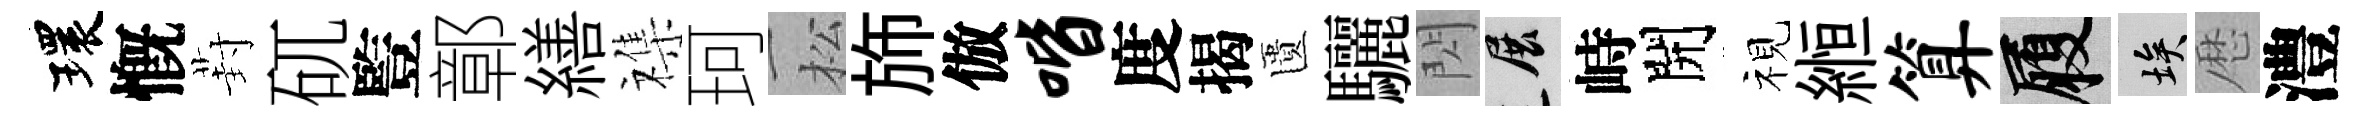
環慨葑矹䜿鄣繕襍珂松斾倣喈度揭匱驪閃展峙開视縆算履埃厯澧